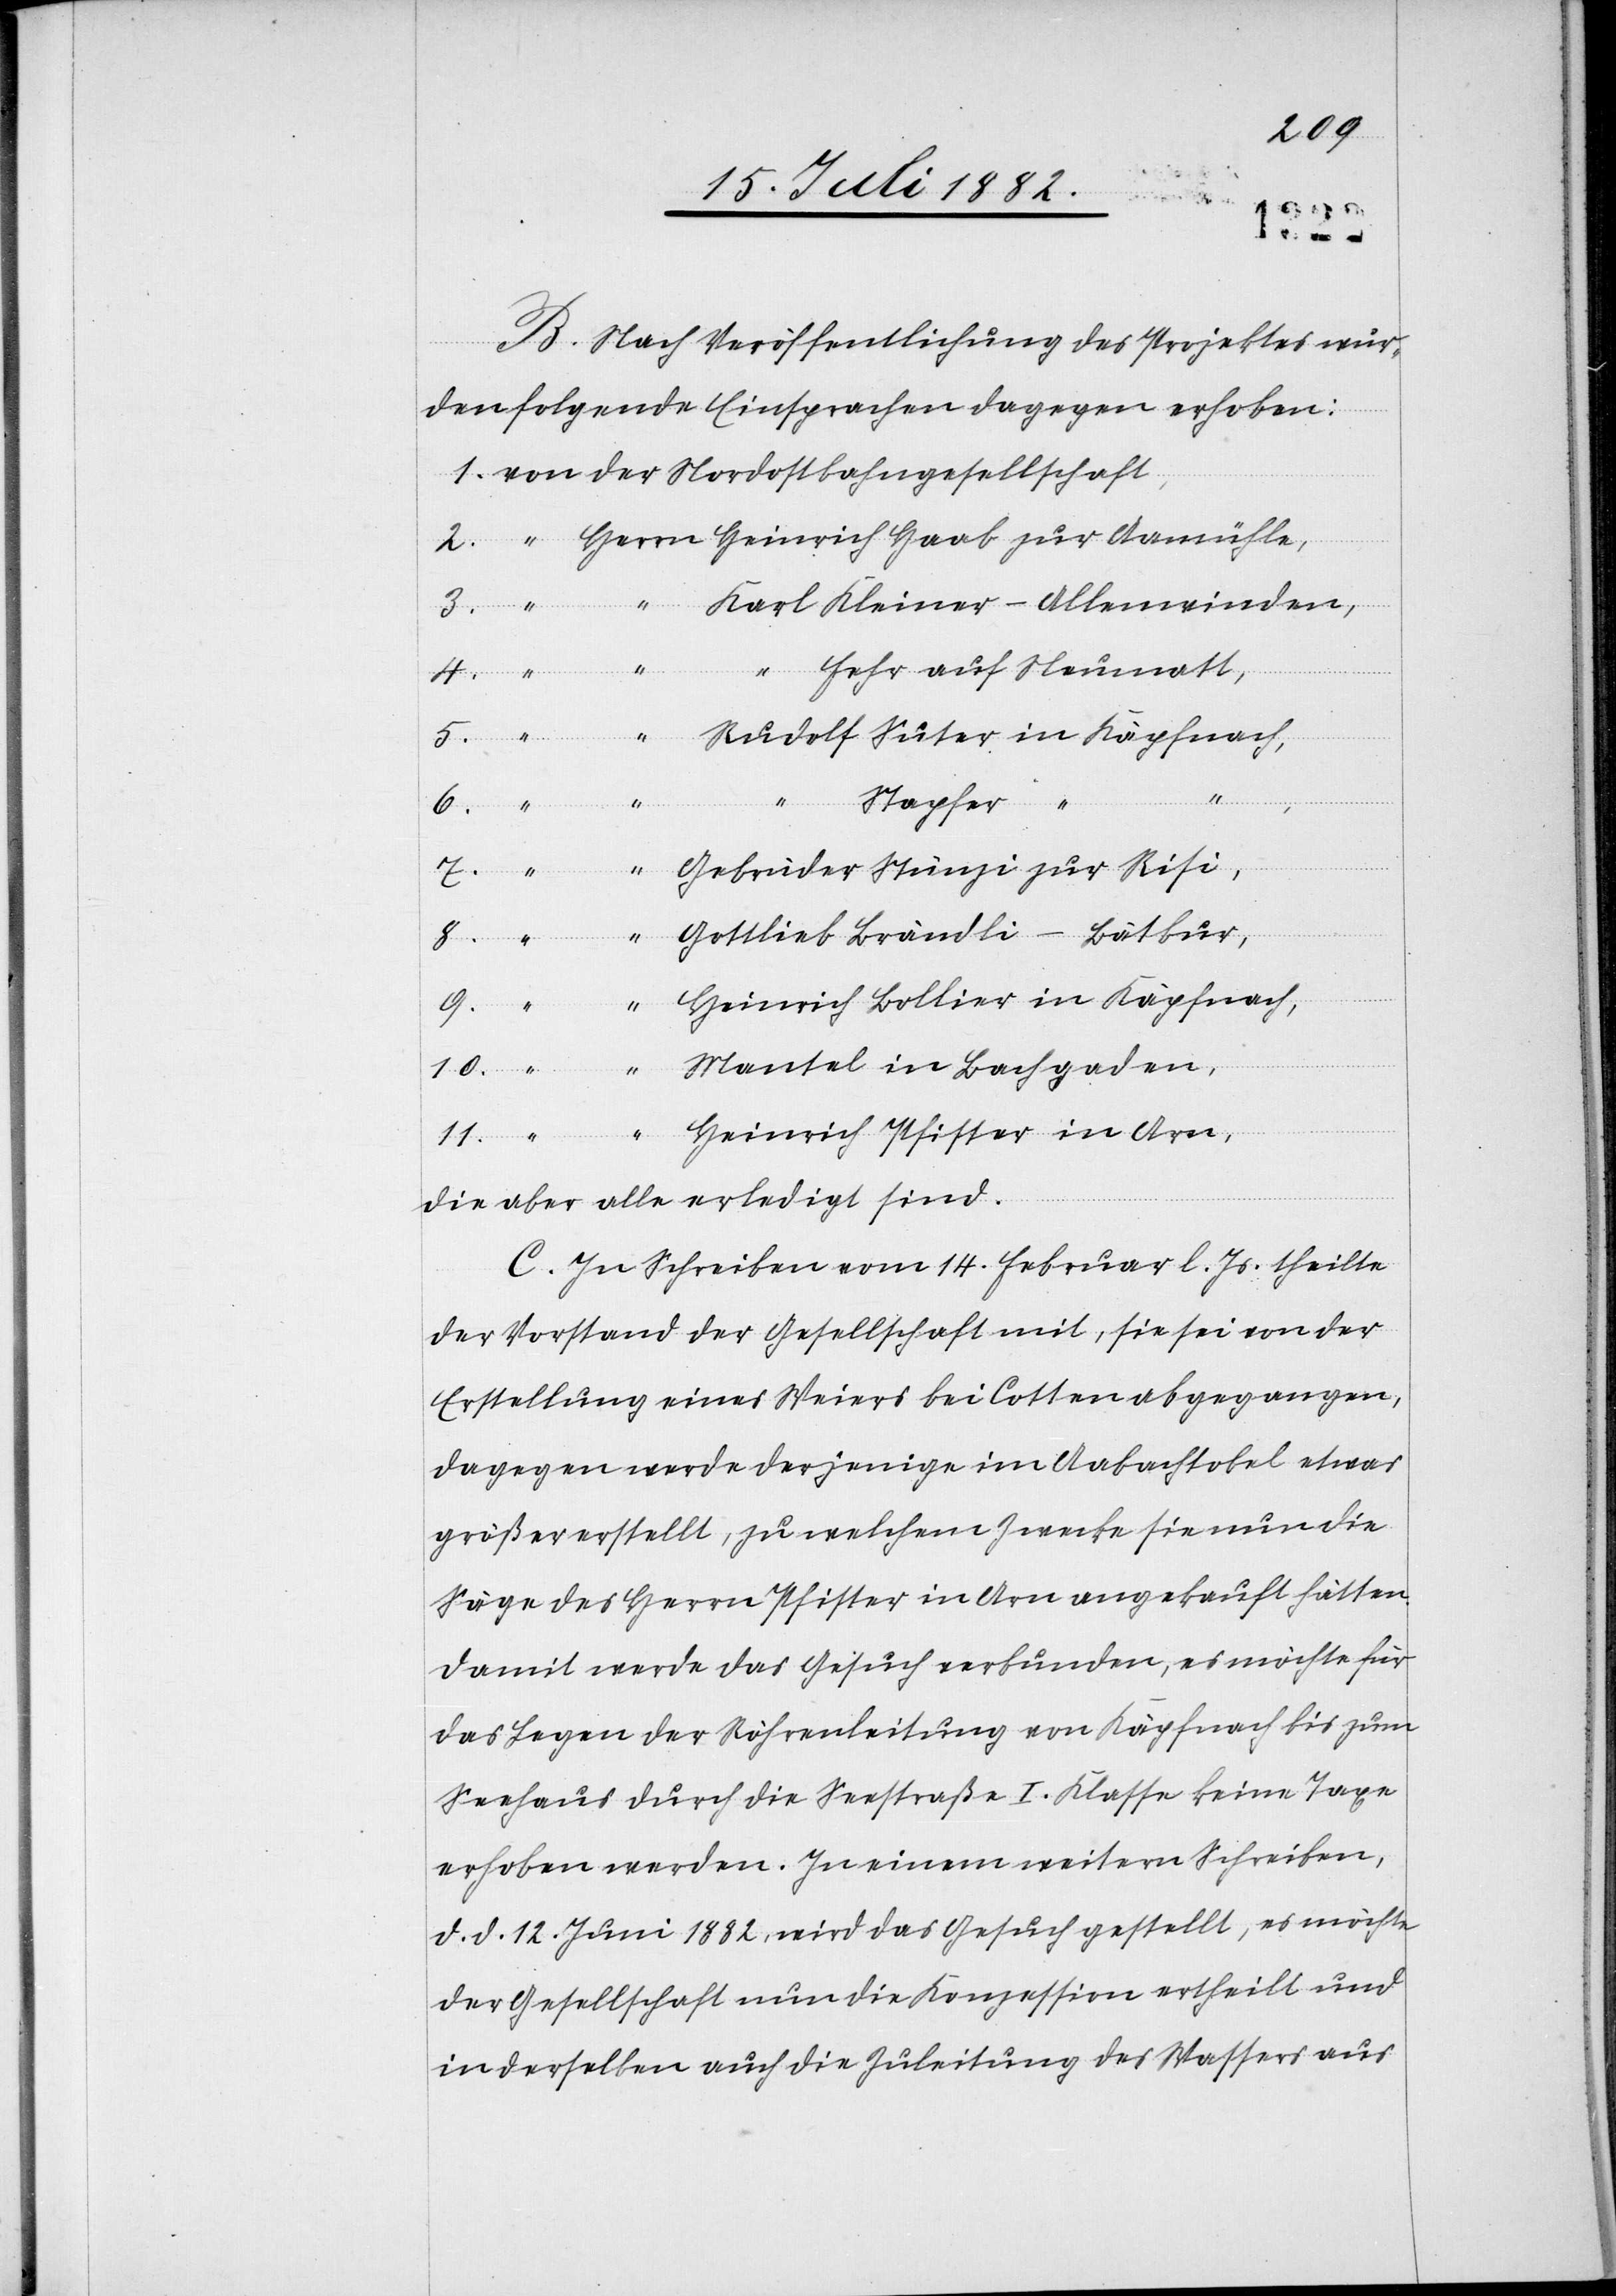
in
zur
B. Nach Veröffentlichung des Projektes wur¬
den folgende Einsprachen dagegen erhoben:
“ Fehr auf Neumatt,
6.
11.
Stapfer
Gottlieb Brändli-Bätbur,
Heinrich Bollier in Käpfnach,
Aamühle,
9.
Heinrich Pfister in Arn,
die aber alle erledigt sind.
C. In Schreiben vom 14. Februar l. Js. theilte
der Vorstand der Gesellschaft mit, sie sei von der
Erstellung eines Weiers bei Cotten abgegangen,
dagegen werde derjenige im Aabachtobel etwas
größer erstellt, zu welchem Zwecke sie nun die
Säge des Herrn Pfister in Arn angekauft hätten.
Damit werde das Gesuch verbunden, es möchte für
das Legen der Röhrenleitung von Käpfnach bis zum
Seehaus durch die Seestraße I. Klasse keine Taxe
erhoben werden. In einem weitern Schreiben,
d. d. 12. Juni 1882, wird das Gesuch gestellt, es möchte
der Gesellschaft nun die Konzession ertheilt und
in derselben auch die Zuleitung des Wassers aus